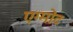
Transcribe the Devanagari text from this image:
एग्मोंट